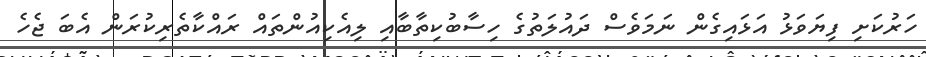
ހަރުކަށި ފިޔަވަޅު އަޅައިގެން ނަމަވެސް ދައުލަތުގެ ހިސާބުކިތާބާއި ލިއެކިއުންތައް ރައްކާތެރިކުރަން އެބަ ޖެހެ